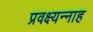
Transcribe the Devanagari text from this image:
प्रवक्ष्यन्नाह